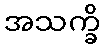
အသက္ခိ